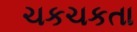
ચકચકતા